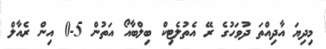
މިދިޔަ އާދިއްތަ ދުވަހުގެ ރޭ އެތުލެޓިކް ބިލްބާއޯ އަތުން 5-0 އިން ރެއާލް